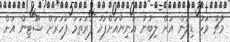
މާޗު މަހު ޑިލަން އަށް ލިބުނު އަނިޔާއަށްފަހު ފުރަތަމަ ފަހަރަށް ޝޫޓިން އަށް